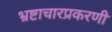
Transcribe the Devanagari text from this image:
भ्रष्टाचारप्रकरणी